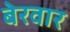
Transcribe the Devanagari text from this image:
बेरवार